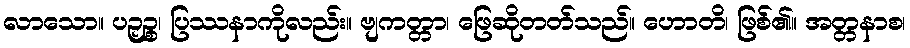
လာသော။ ပဉှဉ္စ၊ ပြဿနာကိုလည်း။ ဗျကတ္တာ၊ ဖြေဆိုတတ်သည်။ ဟောတိ၊ ဖြစ်၏။ အတ္တနာစ၊